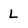
Character: L